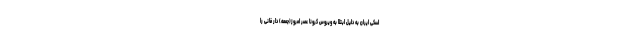
اسکی ایران به دلیل ابتلا به ویروس کرونا عصر امروز(جمعه) دار فانی را